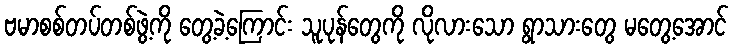
ဗမာစစ်တပ်တစ်ဖွဲ့ကို တွေ့ခဲ့ကြောင်း သူပုန်တွေကို လိုလားသော ရွာသားတွေ မတွေ့အောင်